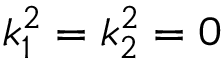
k _ { 1 } ^ { 2 } = k _ { 2 } ^ { 2 } = 0